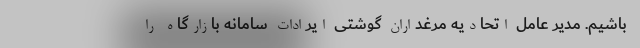
باشیم. مدیر عامل اتحادیه مرغداران گوشتی ایرادات سامانه بازارگاه را